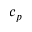
c _ { p }